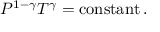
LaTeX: P ^ { 1 - \gamma } T ^ { \gamma } = \operatorname { c o n s t a n t } .